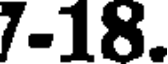
7-18.